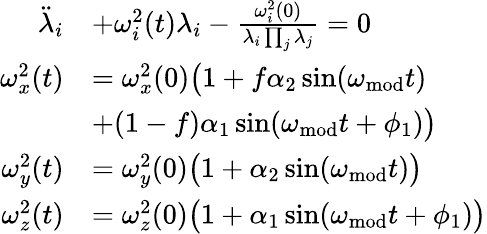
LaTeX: \begin{array}{rl}{\ddot{\lambda}_{i}}&{+\omega_{i}^{2}(t)\lambda_{i}-\frac{\omega_{i}^{2}(0)}{\lambda_{i}\prod_{j}\lambda_{j}}=0}\\ {\omega_{x}^{2}(t)}&{=\omega_{x}^{2}(0)\big(1+f\alpha_{2}\sin(\omega_{\mathrm{mod}}t)}\\ &{+(1-f)\alpha_{1}\sin(\omega_{\mathrm{mod}}t+\phi_{1})\big)}\\ {\omega_{y}^{2}(t)}&{=\omega_{y}^{2}(0)\big(1+\alpha_{2}\sin(\omega_{\mathrm{mod}}t)\big)}\\ {\omega_{z}^{2}(t)}&{=\omega_{z}^{2}(0)\big(1+\alpha_{1}\sin(\omega_{\mathrm{mod}}t+\phi_{1})\big)}\end{array}